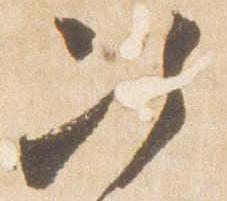
次